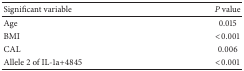
<table><thead><tr><td><b>Significant variable</b></td><td><b><i>P</i> value</b></td></tr></thead><tbody><tr><td>Age</td><td>0.015</td></tr><tr><td>BMI</td><td>&lt;0.001</td></tr><tr><td>CAL</td><td>0.006</td></tr><tr><td>Allele 2 of IL-1a+4845</td><td>&lt;0.001</td></tr></tbody></table>